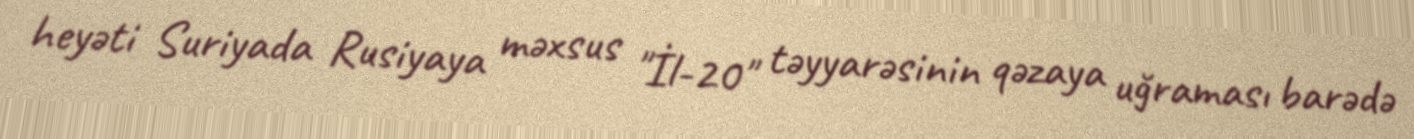
heyəti Suriyada Rusiyaya məxsus "İl-20" təyyarəsinin qəzaya uğraması barədə